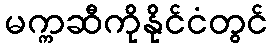
မက္ကဆီကိုနိုင်ငံတွင်